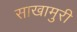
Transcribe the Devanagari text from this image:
साखामुरी